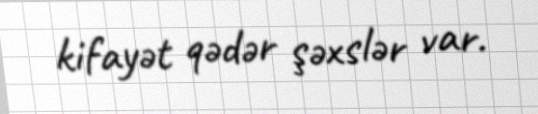
kifayət qədər şəxslər var.